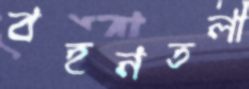
বহনতলী